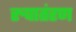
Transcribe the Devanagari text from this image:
रुपातंरण